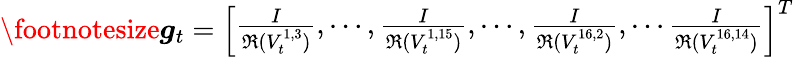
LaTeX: {\footnotesize\boldsymbol g_{t}=\left[\begin{array}{l}{\frac{I}{\mathfrak R(V_{t}^{1,3})},\cdots,\frac{I}{\mathfrak R(V_{t}^{1,15})},\cdots,\frac{I}{\mathfrak R(V_{t}^{16,2})},\cdots\frac{I}{\mathfrak R(V_{t}^{16,14})}}\end{array}\right]^{T}}